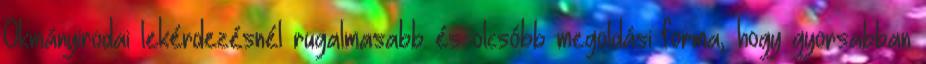
Okmányirodai lekérdezésnél rugalmasabb és olcsóbb megoldási forma, hogy gyorsabban